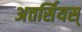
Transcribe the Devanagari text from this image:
अत्तर्सियस्